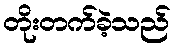
တိုးတက်ခဲ့သည်